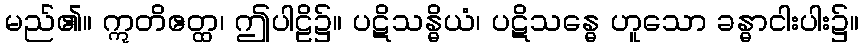
မည်၏။ ဣတိဧတ္ထ၊ ဤပါဠိ၌။ ပဋိသန္ဓိယံ၊ ပဋိသန္ဓေ ဟူသော ခန္ဓာငါးပါး၌။